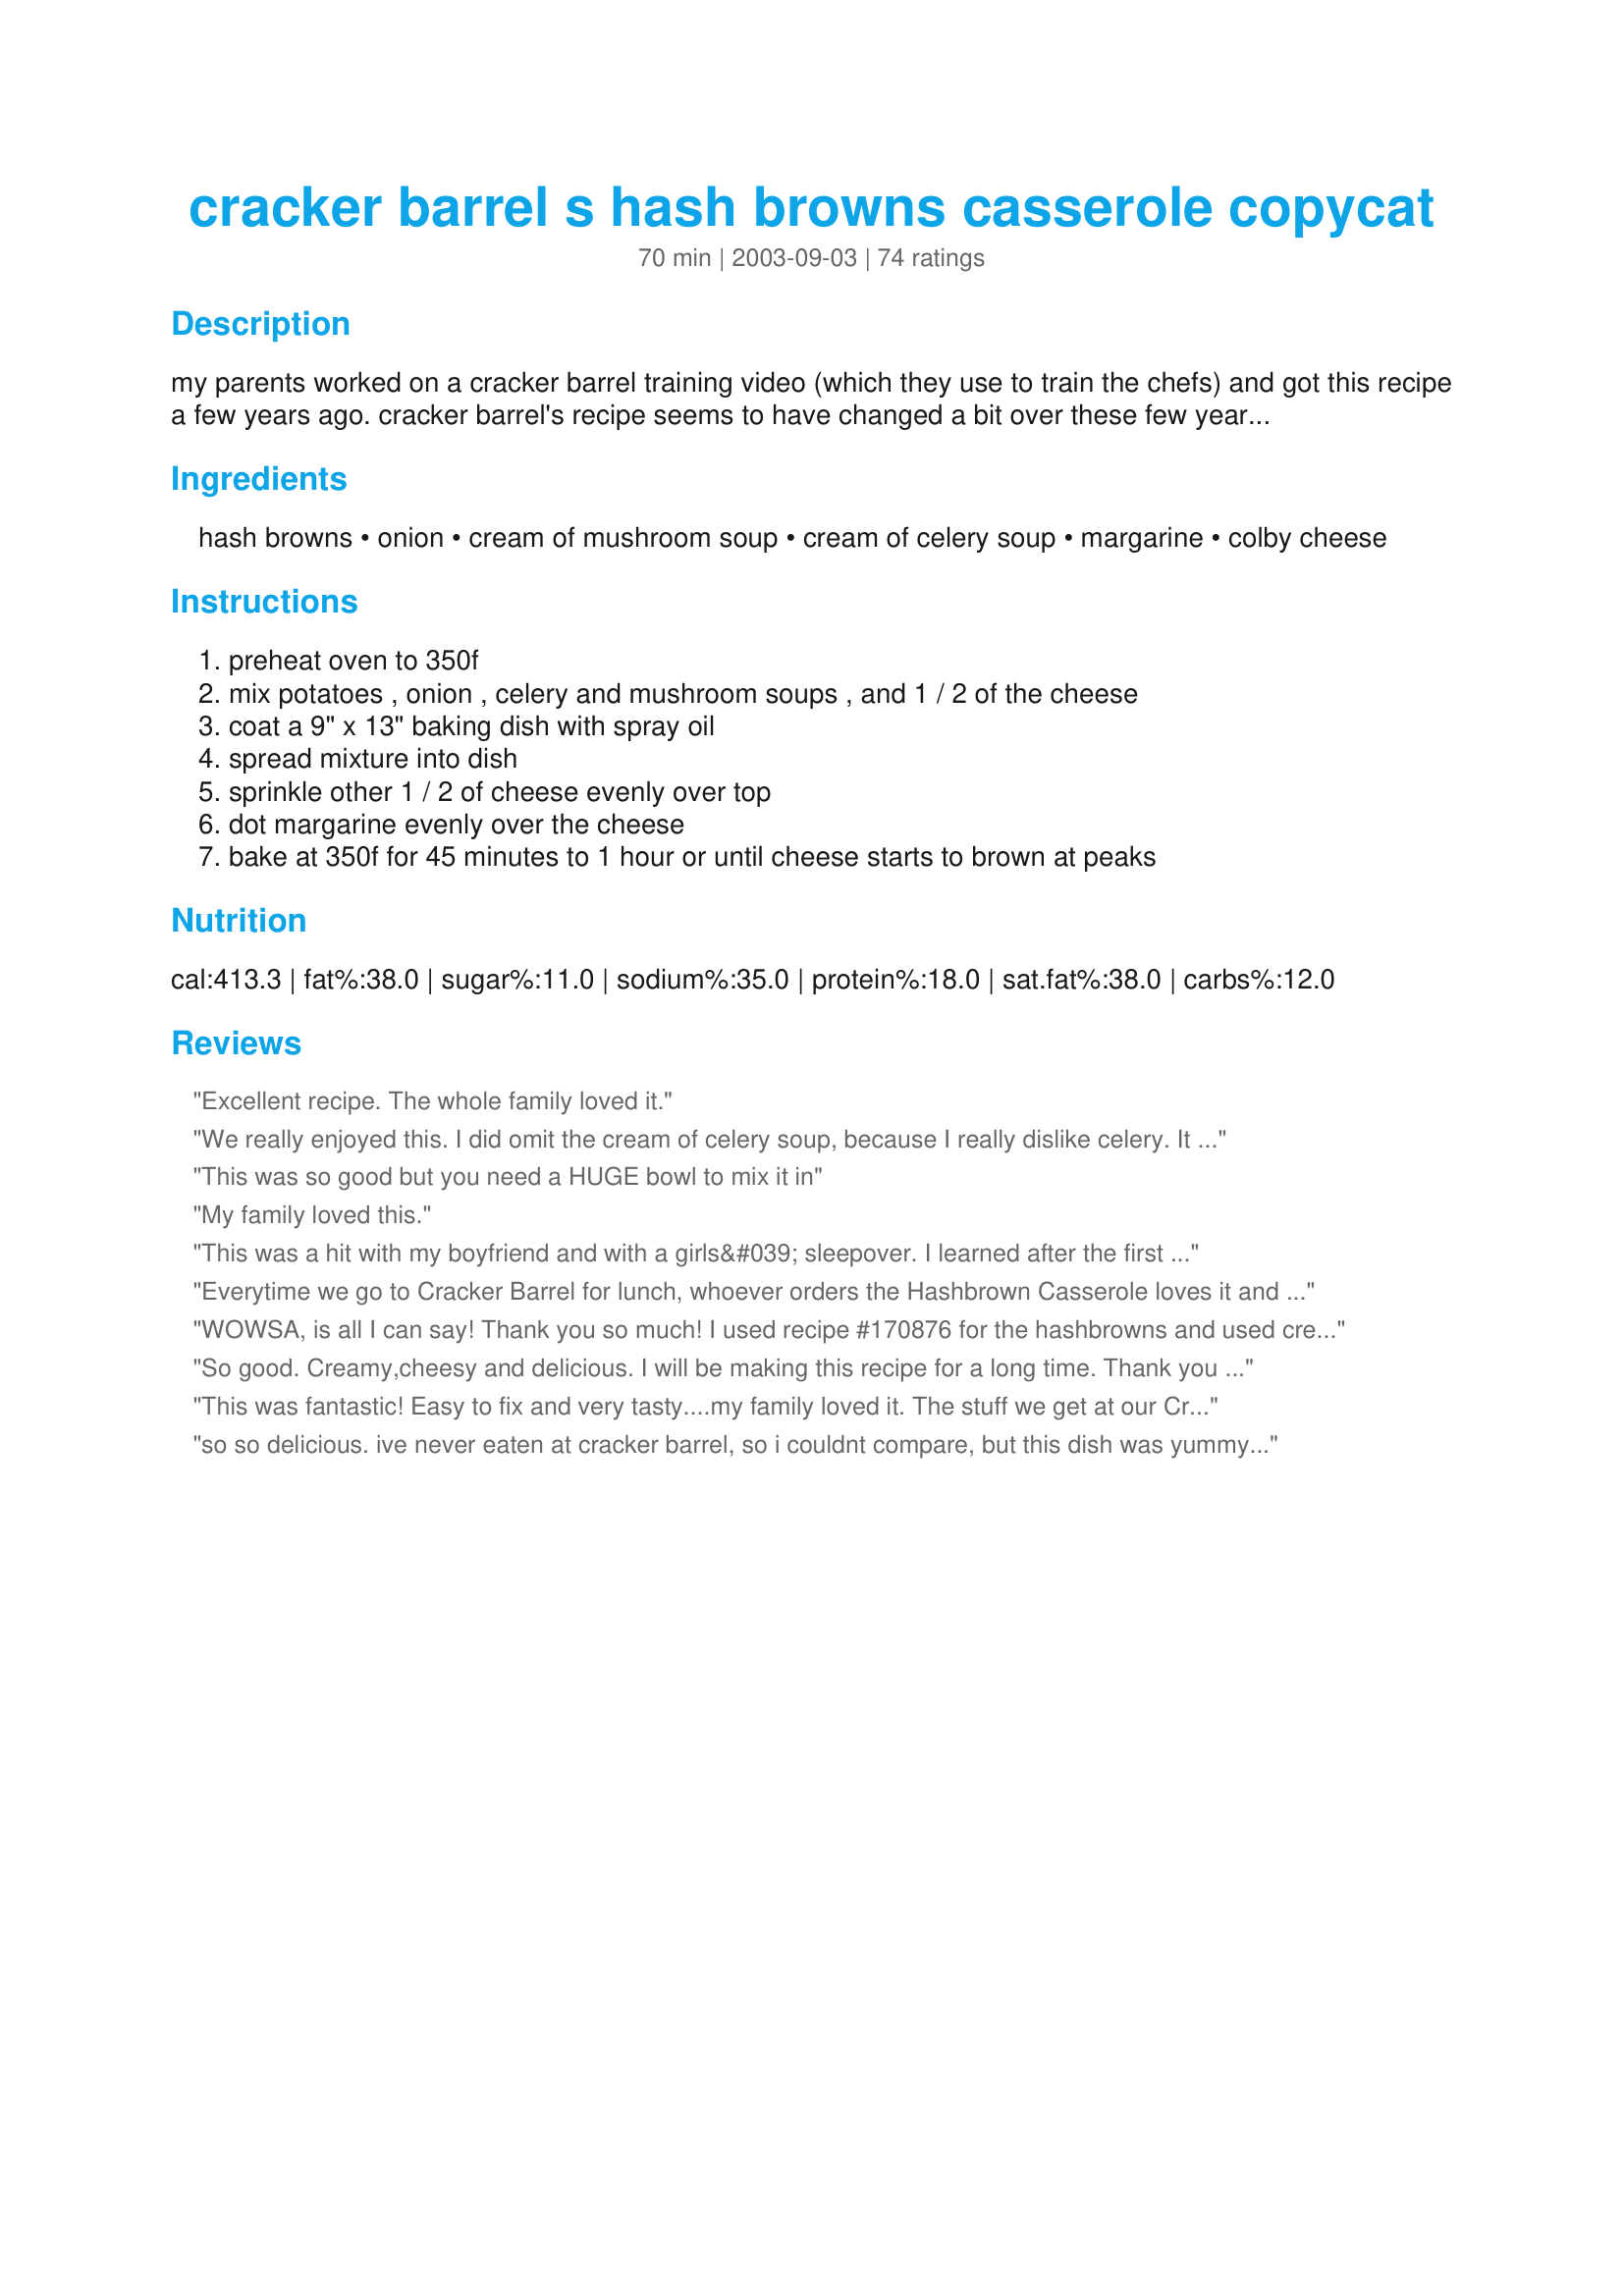
cracker barrel s hash browns casserole copycat
Preparation time: 70 minutes

my parents worked on a cracker barrel training video (which they use to train the chefs) and got this recipe a few years ago. cracker barrel's recipe seems to have changed a bit over these few years but not for the best. this is their recipe though and has become a family favorite. we usually have it now for easter and thanksgiving and its also great for a brunch. happy cooking!

Ingredients:
hash browns, onion, cream of mushroom soup, cream of celery soup, margarine, colby cheese

Steps:
preheat oven to 350f, mix potatoes , onion , celery and mushroom soups , and 1 / 2 of the cheese, coat a 9" x 13" baking dish with spray oil, spread mixture into dish, sprinkle other 1 / 2 of cheese evenly over top, dot margarine evenly over the cheese, bake at 350f for 45 minutes to 1 hour or until cheese starts to brown at peaks

Reviews:
Excellent recipe. The whole family loved it.
We really enjoyed this. I did omit the cream of celery soup, because I really dislike celery. It tasted wonderful! Thank you for posting.
This was so good but you need a HUGE bowl to mix it in
My family loved this.
This was a hit with my boyfriend and with a girls&#039; sleepover. I learned after the first time that onions don&#039;t get cooked all the way if I put them in raw. I cooked them on medium-low heat for 10-15 minutes so they softened but didn&#039;t brown. I used colby jack for the filling and topped with sharp cheddar.
Everytime we go to Cracker Barrel for lunch, whoever orders the Hashbrown Casserole loves it and usually wants more. I was so pleased to find this recipe. My husband is wild for it, and my mother-in-law loves it too. I made it as a side for Thanksgiving dinner this year and it went over well. It is so easy to make, no peeling tatos, since you use Oreida's bagged. Reheats well too. If you like Cracker Barrel's HB casserole you definitely have to try this recipe. It's a match, and it's great!
WOWSA, is all I can say! Thank you so much! I used recipe #170876 for the hashbrowns and used cream of chicken as dh prefers it. I also used sharp cheddar instead of colby. Thank you so much! This recipe made it into our book#179809!
So good. Creamy,cheesy and delicious. I will be making this recipe for a long time. Thank you for posting.....Stephanie
This was fantastic! Easy to fix and very tasty....my family loved it. The stuff we get at our Cracker Barrel is usually good but dried out. Nice to see what it's REALLY supposed to be like.
so so delicious. ive never eaten at cracker barrel, so i couldnt compare, but this dish was yummy and so comforting.i followed the recipe, but i had a little less than a whole bag of hash browns so i cut back on everything else except onion. if you dont want your onions crunchy, you have to chop them super fine or par-cook first. i didnt mind the crunchy texture of the onions at all, i love them. will definately make again, maybe OAMC, the calories scare me. Xx
This recipe was great! The taste was pretty close to Cracker Barrel's and it made my house smell so good. 10 minutes in the oven that's all my husband could talk about the smell! The one and only complaint was the onions were still crunchy in it. I was told that the onions were really overpowering. I think I will cook the onions in some butter next time just to soften them up a little and tone down their flavor just a bit. Other than that it was amazing!
Okay my 5 yr old who says I DON'T LIKE CHEESE ate this!! It was a great addition to my Easter diner. I made a half recipe, and only used cream of chick soup, and southern style hash browns. This turned out great!! I also made it up the day before, and just put it in the frig til I was ready to cook. Because who wants to be in the kitchen all day on a holiday? I will definately be making this again!!
very good flavors and easy to prepare. my store did not have the oreida shredded, so i just used the store brand. my partner wished it was a bit crunchier, so when i reheated them the next morning, i put them in the frying pan so they had a little bit of crust on both sides :)
Made this the other night and it was yummy! had leftovers for breakfast with some scrambled eggs. Thank you
I haven't tried this particular recipe, however, I used to know a lady who worked at Cracker Barrel years ago, and she gave me the recipe for Hashbrown Casserole - shredded colby cheese is the secret ingredient! Most people think that cheddar cheese is what is used, but it's not. Also, the recipe that I have does not have mushroom or celery soup, but it does call for a can of cream of chicken soup and butter along with onions. All of this gets mixed up while the potatoes are frozen and takes about 1 1/2 hours to bake. Remember, COLBY is the key.
We always ordered the hash brown casserole when we went to Cracker Barrel and this recipe was very good too. I did use butter instead of margarine, all I had on hand, and shredded colby and monterey jack cheese. A very easy side dish that will work well with burgers or steak. Thank you kleigh83 for sharing this recipe. Made and reviewed for the Secret Ingredient tag game in the game forum.
Easy and delicious! A new favorite.
I agree... too "soupy".
This was so easy and so good. It was a big hit at my family's Thanksgiving. Even my picky son loved it. Will make this again.
I really hate to be the only one without a five star recipe for you but I am honest, I thought this was sooooo heavy, I haven't had it at Cracker Barell, and I'm only basing this on my personal opinion, I'm sure it's made the way it's supposed to, it's just not for people who dont like something so fatty and heavy. Thank you though, I'll try anything once!
This is very good! I plan to make this again the next time I need to bring a dish to an event. It's great for breakfast, brunch, or as a side item for dinner. Very easy to make! I used a 30 oz. bag of Ore Ida shredded hash browns found in the frozen section of the grocery store, which I partially thawed in the fridge the day before I made the recipe. Yum!
This recipe is very easy. I take it to potlucks at work and I NEVER have any leftover.
was a very tasy recipe. I used a cream of potato and a cream of mushrrom soup was great
I made this casserole tonight and it was fantastic! My family and I love it. Per some reviewer suggestions, I lightly sauteed the onions along with 2 tsp fresh minced garlic before combining it in the unbaked hashbrown mixture. I found a 30oz bag of O'Reida hashbrowns(I guess the present economy motivated O'Reida to downsize a couple of ounces)at my local Walmart. I used the colby cheese as the recipe calls for and I highly recommend others do so instead of subbing cheddar cheese as some of the reviewers on here had done. I folded all the cheese in instead of reserving a portion for the top--just my preference. I also added a 1/2 tsp salt and 1/4 tsp pepper which wasn't too salty for me but I am known for liking the salt! I baked at 350 and when it was done I put it under the broiler for 5 minutes to give it crispy exterior. Oh, and my casserole didn't turn out soupy--it really helps to let it sit about 5 minutes before dishing it out. Also, some reviewers didn't follow the instructions and used 1 small bag of hashbrowns which of course made their casserole a soggy mess. Why they even reviewed it is beyond me.
What else can be added to the great reviews already posted. This is incredibly easy to make and it is delicious. I'll be making it again.
Fast, easy and delicious! Thanks
I loved this, it is so rich...but oh so good.
I made this casserole for a potluck dinner, and it got wiped out!&lt;br/&gt;A few things to note:&lt;br/&gt;Hash browns appear to come in 30 oz bags, but the 2 oz doesn&#039;t make a difference.&lt;br/&gt;The soups you use will impact the flavor, so use a brand you&#039;re familiar with and like the taste/quality.&lt;br/&gt;You will need a BIG bowl to mix this.&lt;br/&gt;I am wondering if the people who reported this as &quot;soupy&quot; made the mistake of actually preparing the canned soup. You use it straight from the can. Mine was not soupy at all, I even wondered if I would need to add liquid because the mixture was so thick. &lt;br/&gt;I used sharp cheddar, because that&#039;s what we like, and it was still delicious.&lt;br/&gt;I did not use an onion, but used onion powder (my wife doesn&#039;t like pieces of onion in food)&lt;br/&gt;I also added salt and pepper to the soups and onion powder before adding the cheese and hash browns. If I had not, this probably would&#039;ve been bland (likely due to generic soups)&lt;br/&gt;I did have to finish it under the broiler to get a nice brown top. It may brown better with the colby cheese.&lt;br/&gt;Overall, I liked it, my family liked it, the other guests liked it, and the recipe works as written, so the 5 stars are well-earned!&lt;br/&gt;*Tip* Adding cubed ham or a sliced smoked sausage (kielbasa, etc.) or pre-cooked chicken would easily turn this into an entree. Changing the soups and/or meat might even turn up some nice variations (nacho cheese soup and taco meat? broccoli cheese soup?)
I add a little extra zing to it by substituting cream of mushroom with garlic. Then I chop up any veggies that may be getting a little old and add them to the onions to saute together.
This was by far, the best hashbrown casserole I've ever had. I added a little sour cream and milk, and it turned out perfectly. Will definately be making this one again!
Pretty good recipe made the other night with meatloaf. Makes A LOT, but reheats well. Can't stand cream of celery (bleck), and needed to use up some cream of potato, so used that instead. Easy to make side dish! Thanks for sharing!
This was waaay too soupy for me. Perhaps if the recipe stated the amount of hash browns? 1 lb or 2 lbs? My oreida shred hash browns bag was 1 lb, so perhaps that was the problem. Sauteeing the onion first would have been nice as well. Sorry I couldn't give it better!!
Easy and Excellent. Everyone has requested I make it again. I think I will make it for Christmas. Thank you for a great recipe!
This was super easy to make, I did change the cream of celery for a can of cream of potato soup. And I left out the 3Tbs of butter. It was very tastey! Dh had seconds and the kids and I liked it too! Its a keeper I will make it again for sure! Thanks for the great recipe!
I enjoyed this...it was really similar to Cracker Barrel's. DH on the other hand didn't care for it but he's not big on casseroles. ....so I doubt that I make it again. I don't think I could eat the entire pan myself...and shouldn't for that matter! ;) Thanks for posting.
Extremely good and easy! I went without the margarine on top thought it was a bit excessive) and it turned out beautifully. Thank you for the recipe!
I made this casserole last night, put it in the fridge overnight and baked it this morning to take to a brunch. It was wonderful! I had to bake it a little longer since it was refrigerated, but I anticipated that and started early! I made it with the "cubed" style potatoes (that's what I had)and it turned out beautifully. I don't think it tastes that much like Cracker Barrel's current recipe...but it really is great! Thanks for a new family favorite! :)
Excellent hash brown casserole! The only thing that I changed was to use dried minced onion instead of fresh. Thanks so much for posting!!
This is fabulous... so cheesy and wonderful. My kids love it, and the leftovers are great at work the next day.
Fantastic!!! My boyfriend and I had this during my first visit to Cracker Barrel in MD. I loved them. He asked me to make them for him one Sunday for breakfast. The only thing I did differently was saute the onions and used cheddar cheese. HE LOVED IT...thanks for the recipe.
Perfect! Hubby and I were huge fans of the old recipe and have stopped eating at Cracker Barrell because the recipe was changed. This tasted just like the original. 

Some tips:

*DO NOT use low sodium or low fat soup. If you do, you'll need to add some salt and use more margarine. 

* You'll need a BIG BIG BIG bowl to mix this in. The bag of hash browns is huge!

* When they're in season, try to get Vidalia onions. They're sweet and they give it quite a unique taste.
So much better than Cracker Barrel! I caramelized the onions and added a bit of fresh garlic... the huge pan disappeared so fast! Already have requests to make it again! Thanks so much for sharing this with us!!
I've never had this at Cracker Barrel, but this is excellent! Made as stated, with the addition of some garlic, pepper, and seasoned salt in the mix. Thanks!
This was wonderful! I used reduced fat soups, 2% milk colby cheese, omitted the onion and butter, and still turned out pretty tasty. This is a definite keeper...thanks!
This was very delicious and easy to make. I made exactly as directed except instead of dotting margarine on top of the cheese, I just sprayed it with Pam butter spray (fat & calorie free). It was warm, creamy and very good. Will make again. Thank you for the recipe.
Warning Warning Warning Warning !<br/>Double the recipe!!!
I made this for Easter. I served them in a 13 x 9 dish and a square 9".<br/>My nephew ate the square dish by himself. Need I say more, this is a great recipe!
I made this for a inpromptu get together we had with neighbors and it was a hit. I used one can of cream of chicken soup and one can of cream of celer soup because our neighbor is allergic to mushrooms....it went quick.
We had this last night with a bowl of split pea soup and French bread and it was a delicious meal. Thanks for sharing!
This is amazing!
it is so sinful but so worth the calories. thank you!
Made this last night with some scrambled eggs and fruit. Soooo good! I didn't put the margarine on top (that just seemed like overkill), but it still turned out great. It needed some salt and pepper, so I would add that into the mix next time.
Anyway, great recipe for when you can live a little with the calories!
I hate to say this I really do, but this is not what I expected in the least. It wasn't too soupy, it was the perfect consistancy, but it tasted like my dh's grandmothers tuna noodle casserole without the tuna. I won't make this again, ever. I'm very glad so many people loved it, but not this family. I HATE leaving this but if you know what this tastes like in the restaurant you will be very dissapointed.
OMG... So good! I didn't have frozen hash browns, so I used the dried ones that come in the little cartons... reconstituted one carton as per the directions, and used dried minced onion. This cooked at 350' in the convection oven for 45 minutes and was perfectly set up and crisp on top. I've been to Cracker Barrel once in my life and have never had their casserole so I can't compare. Both my kids are loving this with rotisserie chicken and steamed broccoli as we speak, so I'll be keeping this one in my cookbook! Thanks for sharing.
looks so delicious, can't wait to try. yummoo!!!!! and recipe is easy, my kind of cooking.
Yumm! Fast, easy, and everyone loves it. Definitely a keeper!
As a former Cracker Barrel manager ( Lake City,Fl) the recipe is quite close with the exception of the soups. Cracker Barrel only uses Campbells Cream Of Chicken soup. I am sure this recipe would be quite goood !!!!!!
Excellent filling recipe. I have never tried the hashbrowns from cracker barrel so i cant compare but his was good. Thanks
I tried this dish sometime ago and my family liked but said something was missing. We have never had Cracker Barrel's recipe so I can't say one way or the other on whether or not it tasted the same. I am making this again with some bacon, garlic and salt. Thank you for the recipe.
that's what i get for not reviewing this the 1st time i made this - it took me forever to find this recipe again! This is the best recipe - just like Cracker Barrel's, thanks!
YUMMY! YUMMY!! BIG HIT!! Will be making this again REAL soon!
Thanks for sharing!!
I made this exactly by the recipe and LOVED IT. I may use cream of chicken soup and a bit more cheese next time, which will be soon!
I have a recipe close to this but a little more cheesier. My dh and I prefer this recipe. This was wonderful and let you taste all the ingredients. Not much leftover and only had 6 for dinner but what is left will definetly be gone tomorrow. Thanks for posting.

ChefRaylene
I loved this recipe. I made it for my husband's family on Thanksgiving. They all loved it. Even my 15 month old who won't eat anything loved it. Thanks for posting!
You must do something to the onions. They must be sauteed or you will be chewing on raw onion. This is not a repeat recipe for my home.
Loved and we couldn't stop eating. We are only a family of 3 and finished the 9x13 pan in two days. YUM. I loved it with ketchup - but that's just me. Will make again for my parents who will die for this.
Very good, quick, easy recipe. Thanks for sharing!
I love, love, love this recipe! I haven't been to a Cracker Barrel in years and this was a lovely little "food vacation" for me. Thank you for sharing this!
mmmmmmmmmmmmmmmmmmmmmmmmmmmm
Delicious recipe! I made it and I did add a tad of sour cream and milk to the recipe...turn out great, in fact I thought the left overs was even better the next day. I halved the recipe however. Since I have never had cracker barrels hash brown casserole so I cant compare this recipe to theirs, but this one is good all the same.
Sooo good. This is by far the closest to Cracker Barrel's I've ever tasted. I made it with cream of mushroom soup only because that's what I had on hand and I also sauteed onions to soften and caramelize before adding to the potato mixture. So easy and absolutely delicious! In the future I will try making it with half cream of mushroom and half cream of celery, cream of chicken and possibly cream of cheddar soups just to see how that changes the flavor. This is definitely a keeper and will be on the menu for family holidays and get togethers. It also reheats very well, so can be made during the weekend for the busy week ahead! Thank you so much for sharing!
I just love this quick, easy recipe! I used reduced fat soups, cheese (colby jack) and less margarine to bring down the calories and it was still wonderful! I only got 8 servings (not the suggested 10) out of mine.
This was a perfect side dish for my football-watching crowd this Sunday... easy to put together, smelled great while it was cooking, and NO LEFT-OVERS! It was, simply put, a hit! Everyone, from ages 15 months to 65 years old, loved these potatoes. I made as directed, except I followed some advice from other reviewers and softened my onions in butter before adding them to the casserole and I put a sprinkle of paprika over the top of the casserole before cooking for a little color. Great stuff!
I made Christmas breakfast with this recipe. My only change was adding diced ham for a protein component. It was fabulous! Everyone loved it and I have already had requests to make it every Christmas... and Sunday. My daughter is making it for her family tonight. Good stuff!
Very tasty, simple, and inexpensive to make. It tastes a bit different than the casserole served at Crackerbarrel, but it is delicious all the same.
